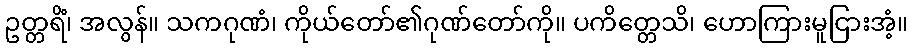
ဥတ္တရိံ၊ အလွန်။ သကဂုဏံ၊ ကိုယ်တော်၏ဂုဏ်တော်ကို။ ပကိတ္တေသိ၊ ဟောကြားမူငြားအံ့။